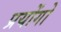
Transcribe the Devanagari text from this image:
प्रयोंगो